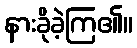
နားခိုခဲ့ကြ၏။